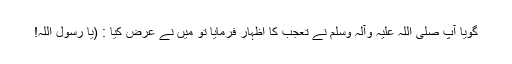
گویا آپ صلی اللہ علیہ وآلہ وسلم نے تعجب کا اظہار فرمایا تو میں نے عرض کیا : (یا رسول اللہ!